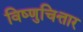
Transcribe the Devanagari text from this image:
विष्णुचित्तार